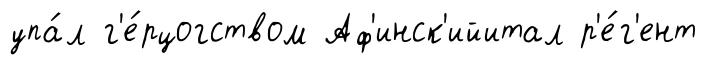
упа́л г'е́рцогством Аф'инск'ийитал р'е́г'ент